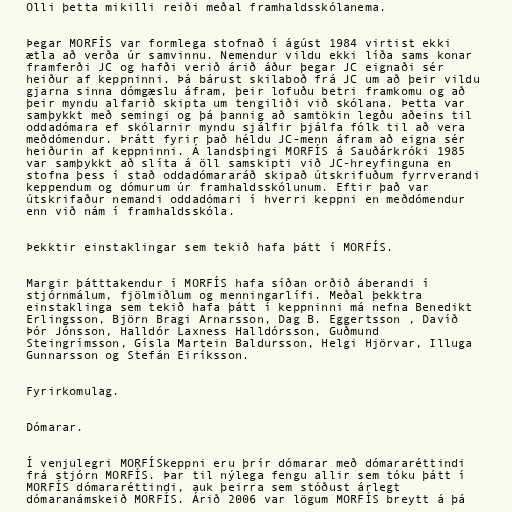
Olli þetta mikilli reiði meðal framhaldsskólanema.

Þegar MORFÍS var formlega stofnað í ágúst 1984 virtist ekki
ætla að verða úr samvinnu. Nemendur vildu ekki líða sams konar
framferði JC og hafði verið árið áður þegar JC eignaði sér
heiður af keppninni. Þá bárust skilaboð frá JC um að þeir vildu
gjarna sinna dómgæslu áfram, þeir lofuðu betri framkomu og að
þeir myndu alfarið skipta um tengiliði við skólana. Þetta var
samþykkt með semingi og þá þannig að samtökin legðu aðeins til
oddadómara ef skólarnir myndu sjálfir þjálfa fólk til að vera
meðdómendur. Þrátt fyrir það héldu JC-menn áfram að eigna sér
heiðurin af keppninni. Á landsþingi MORFÍS á Sauðárkróki 1985
var samþykkt að slíta á öll samskipti við JC-hreyfinguna en
stofna þess í stað oddadómararáð skipað útskrifuðum fyrrverandi
keppendum og dómurum úr framhaldsskólunum. Eftir það var
útskrifaður nemandi oddadómari í hverri keppni en meðdómendur
enn við nám í framhaldsskóla.

Þekktir einstaklingar sem tekið hafa þátt í MORFÍS.

Margir þátttakendur í MORFÍS hafa síðan orðið áberandi í
stjórnmálum, fjölmiðlum og menningarlífi. Meðal þekktra
einstaklinga sem tekið hafa þátt í keppninni má nefna Benedikt
Erlingsson, Björn Bragi Arnarsson, Dag B. Eggertsson , Davíð
Þór Jónsson, Halldór Laxness Halldórsson, Guðmund
Steingrímsson, Gísla Martein Baldursson, Helgi Hjörvar, Illuga
Gunnarsson og Stefán Eiríksson.

Fyrirkomulag.

Dómarar.

Í venjulegri MORFÍSkeppni eru þrír dómarar með dómararéttindi
frá stjórn MORFÍS. Þar til nýlega fengu allir sem tóku þátt í
MORFÍS dómararéttindi, auk þeirra sem stóðust árlegt
dómaranámskeið MORFÍS. Árið 2006 var lögum MORFÍS breytt á þá